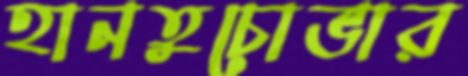
হানতুচোভার